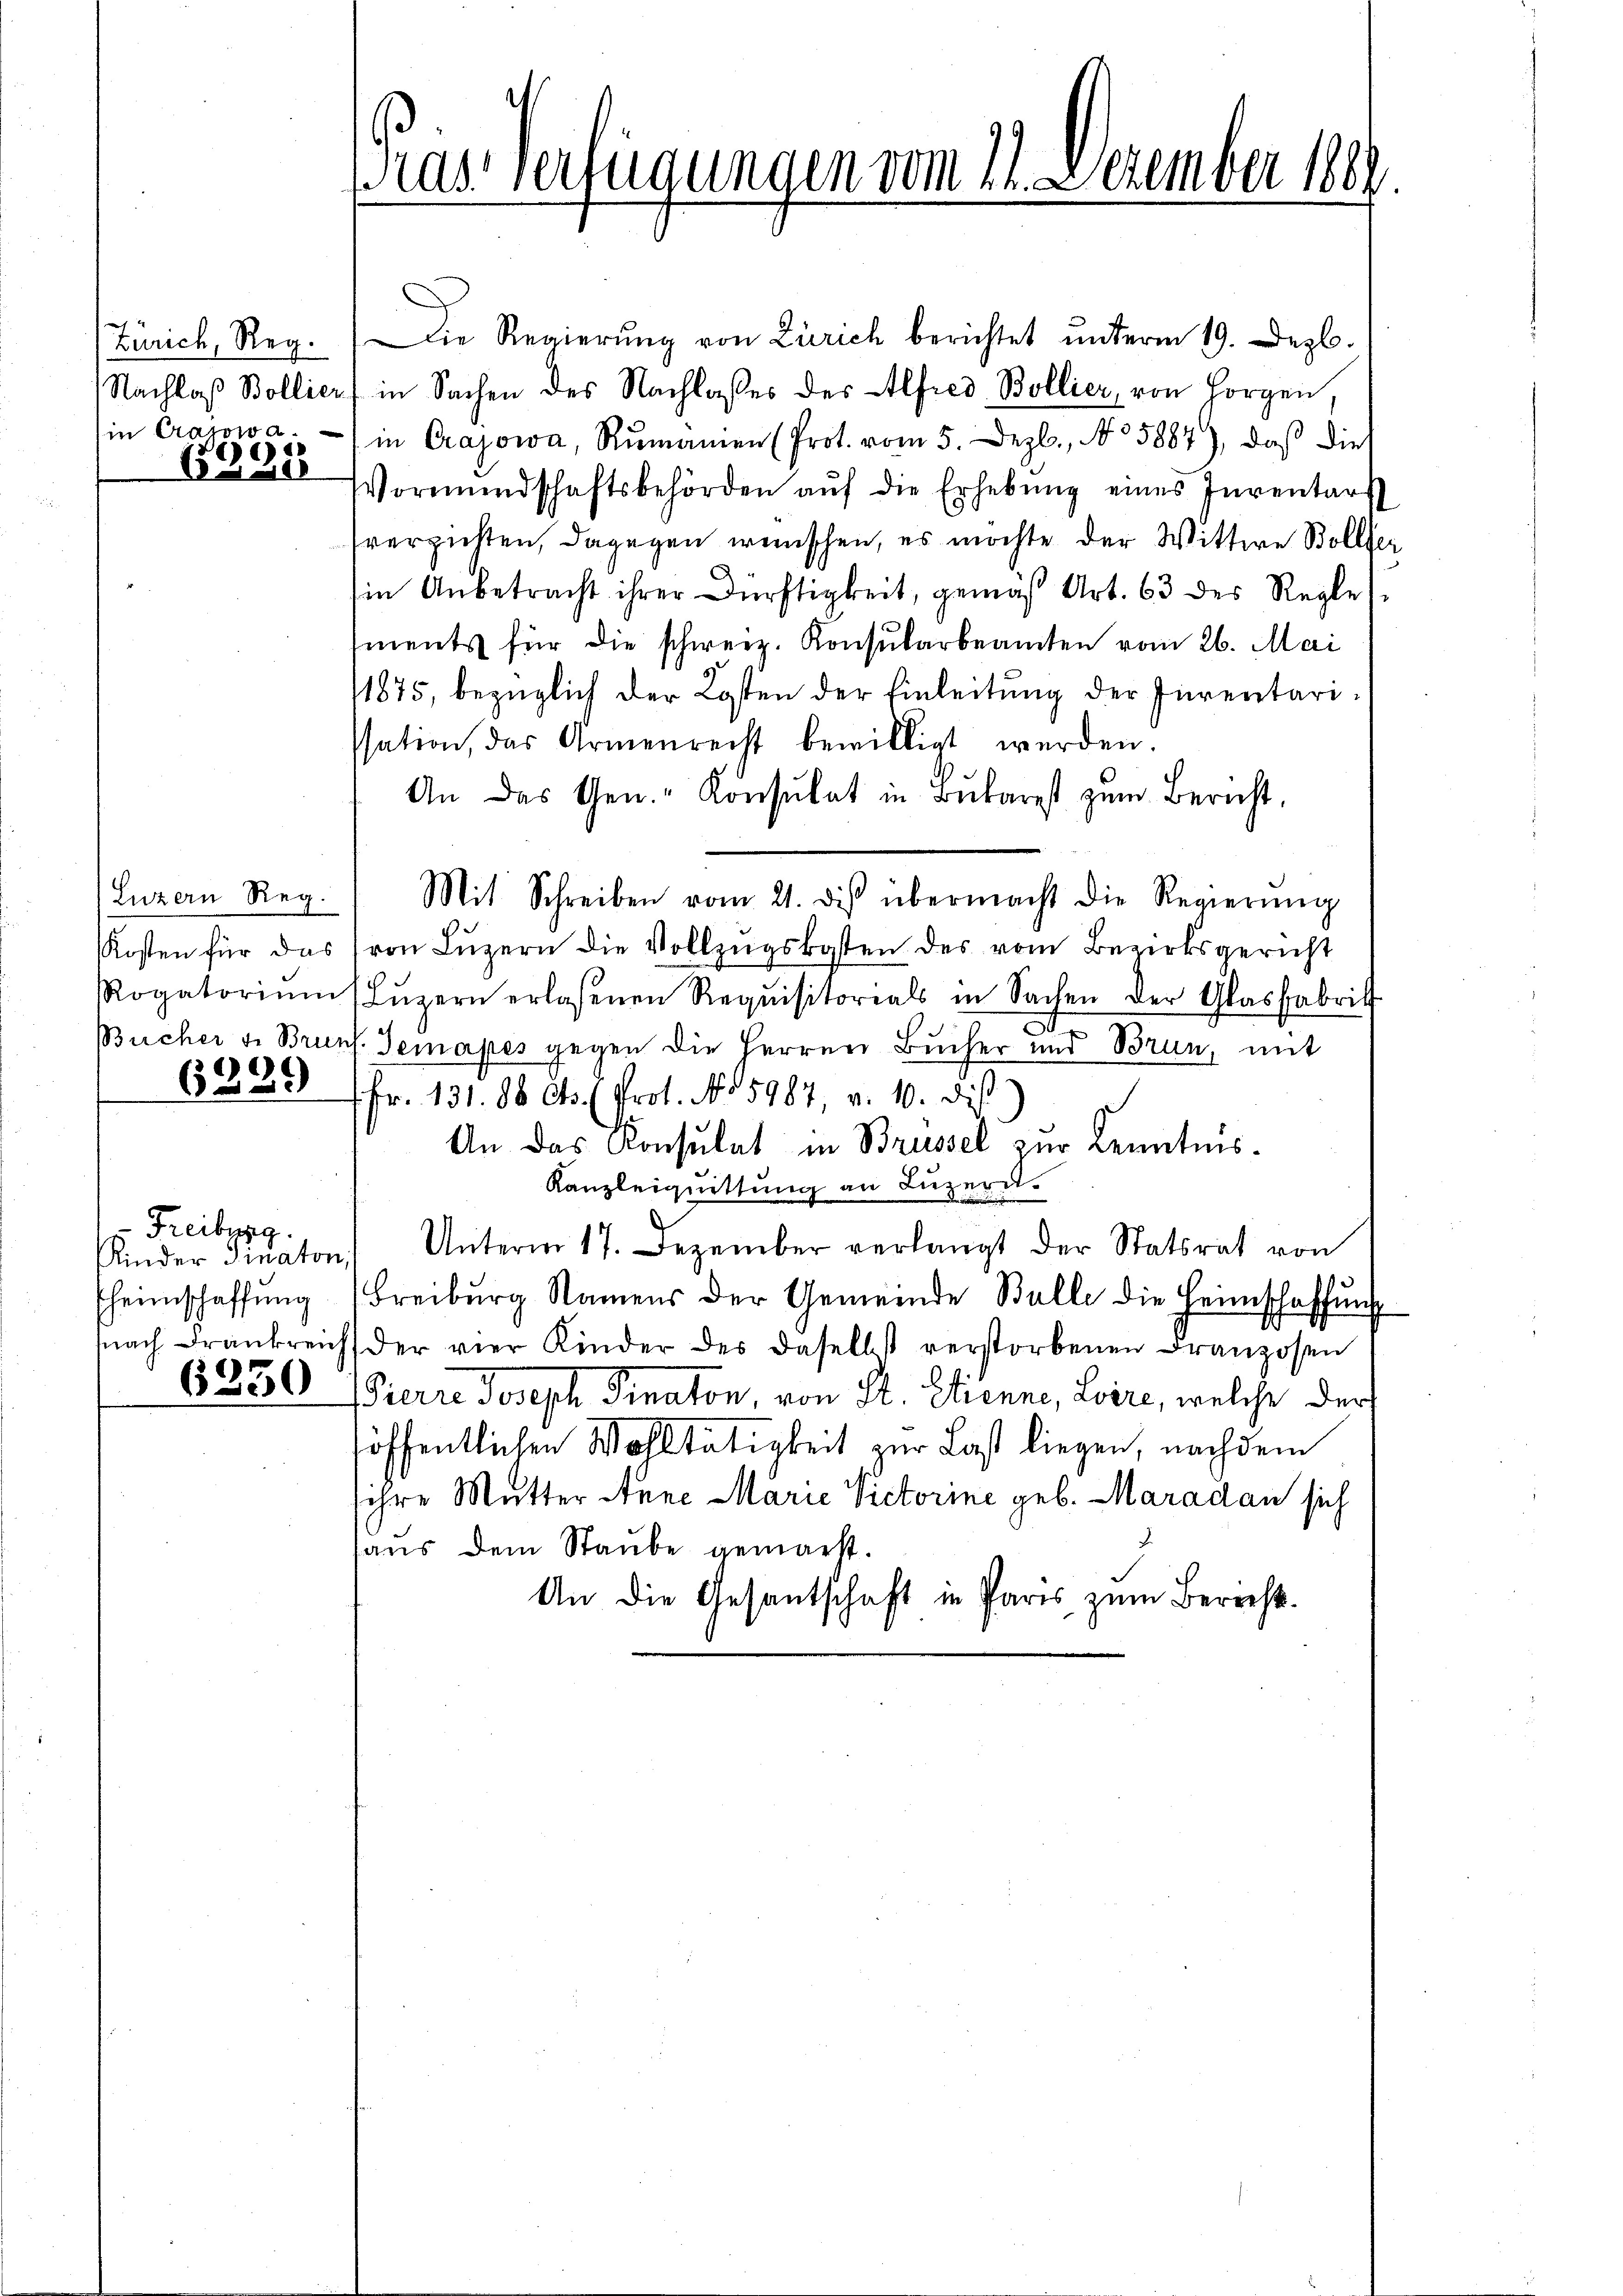
Zürich, Reg.
in Crasow a.
)
.1208

(Luzern Reg.
Kosten für das

6389

Freiburg.
Kinder Finaton
heimschaffung
6330

Kas Verfügungen vom 11. Dezember 1889

Die Regierŭng von Zürich berichtet ŭnterm 19. Dezb.
Nachlaβ Bollier in Sachen des Nachlasses des Alfred Bollier, von Horgen,
in Crajowa, Rumanien (Prot. vom 5. Dezb., No 5887), daß die
Vormundschaftsbehörden aŭf die Erhebŭng eines Inventars
verzichten, dagegen wünschen, es möchte der Wittwe Boller
in Anbetracht ihrer Dürftigkeit, gemäß Art. 63 des Regles
ments für die schweiz. Konsularbeamten vom 26. Mai
11875, bezüglich der Kosten der Einleitung der Inventarissation, das Armenrecht bewilligt werden.
An das Gen.- Konsulat in Bŭr zŭm Bericht,
Mit Schreiben vom 21. des übermacht die Regierŭng
von Lŭzern die Vollzugskosten des vom Bezirksgericht
Rogatorium (Lŭzern erlassenen Requisitorials in Sachen der Glasfabrik
Bücher v. Bruns. Gemapes gegen die Herren Bucher und Brun, mit
Fr. 131. 88 Cts. (Prot. No 5987, v. 10. Dis
An das Consulat in Brüssel zur Kenntnis-
Kanzleiquittung an Luzern.
Unterm 17. Dezember verlangt der Statsrat von
Freiburg Namens der Gemeinde Balle die Heimschaffung
nach Frankreich der vier Kinder des daselbst verstorbenen Franzosen
Pierre Joseph Senaton, von St. Etienne, Loire, welche der
löffentlichen Wohltätigkeit zur Last liegen, nachdem
ihre Mutter Anne Marie Victorine geb. Maradau sich
haus dem Staube gemacht.
An die Gesantschaft in Paris zum Berecht¬